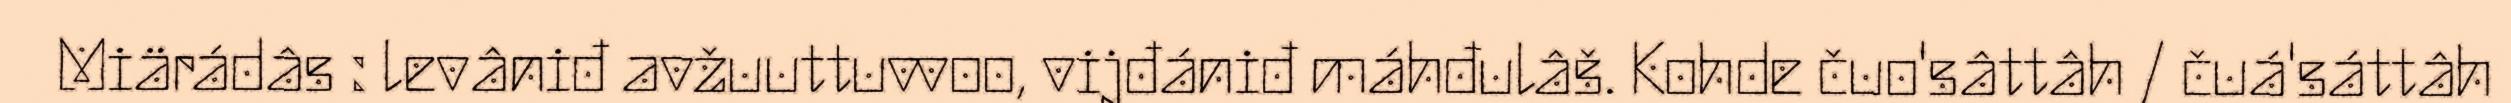
Miärádâs : levâniđ avžuuttuvvoo, vijđániđ máhđulâš. Kohde čuo'sâttâh / čuá'sáttâh